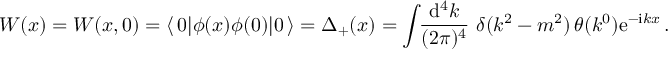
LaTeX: W ( x ) = { \cal W } ( x , 0 ) = \langle \, 0 | \phi ( x ) \phi ( 0 ) | 0 \, \rangle = \Delta _ { + } ( x ) = { \displaystyle \int \! \! \frac { \mathrm { d } ^ { 4 } k } { ( 2 \pi ) ^ { 4 } } } \, \, \delta ( k ^ { 2 } - m ^ { 2 } ) \, \theta ( k ^ { 0 } ) \mathrm { e } ^ { - \mathrm { i } k x } \, .